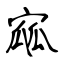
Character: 寙